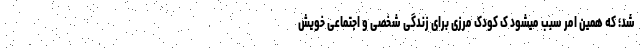
شد؛ که همین امر سبب میشود ک کودک مرزی برای زندگی شخصی و اجتماعی خویش